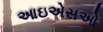
આઇએસઓ